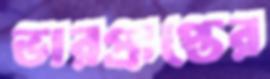
ভারপ্রাপ্তের